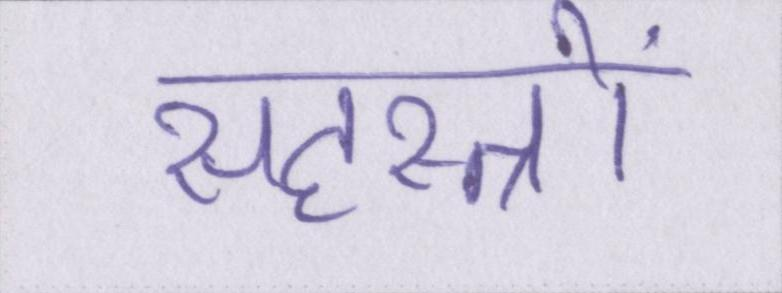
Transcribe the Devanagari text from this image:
सहस्त्रों